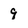
Character: 9